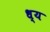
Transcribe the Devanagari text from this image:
ध्य